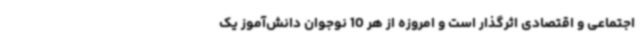
اجتماعی و اقتصادی اثرگذار است و امروزه از هر 10 نوجوان دانش‌آموز یک